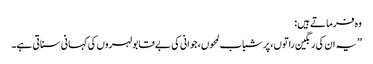
وہ فرماتے ہیں :
’’یہ ان کی رنگین راتوں، پر شباب لمحوں، جوانی کی بے قابو لہروں کی کہانی سناتی ہے۔